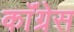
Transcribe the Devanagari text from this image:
काॅंग्रेस